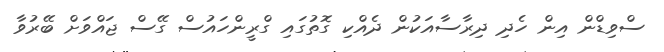
ސްވިޑްން އިން ހެދި ދިރާސާއަކުން ދެއްކި ގޮތުގައި ގްރީންހައުސް ގޭސް ޖައްވަށް ބޭރުވާ